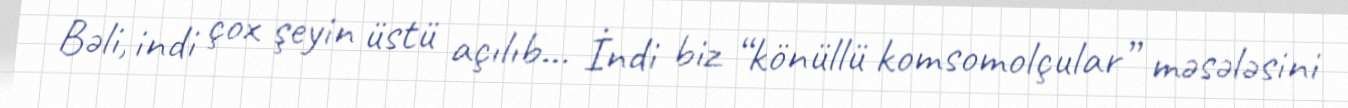
Bəli, indi çox şeyin üstü açılıb... İndi biz “könüllü komsomolçular” məsələsini